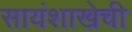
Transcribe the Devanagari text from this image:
सायंशाखेची